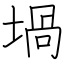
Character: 堝